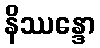
နိဿန္ဒော